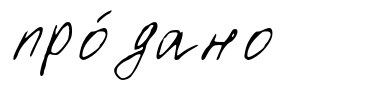
про́дано